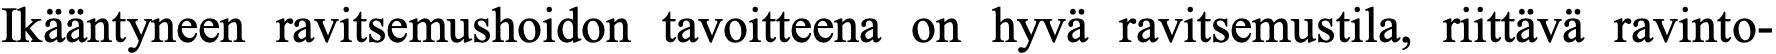
Ikääntyneen ravitsemushoidon tavoitteena on hyvä ravitsemustila, riittävä ravinto-